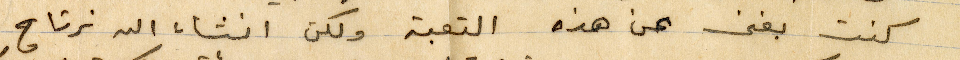
كنت بغنى عن هذه التعبة ولكن انشاء الله نرتاح.